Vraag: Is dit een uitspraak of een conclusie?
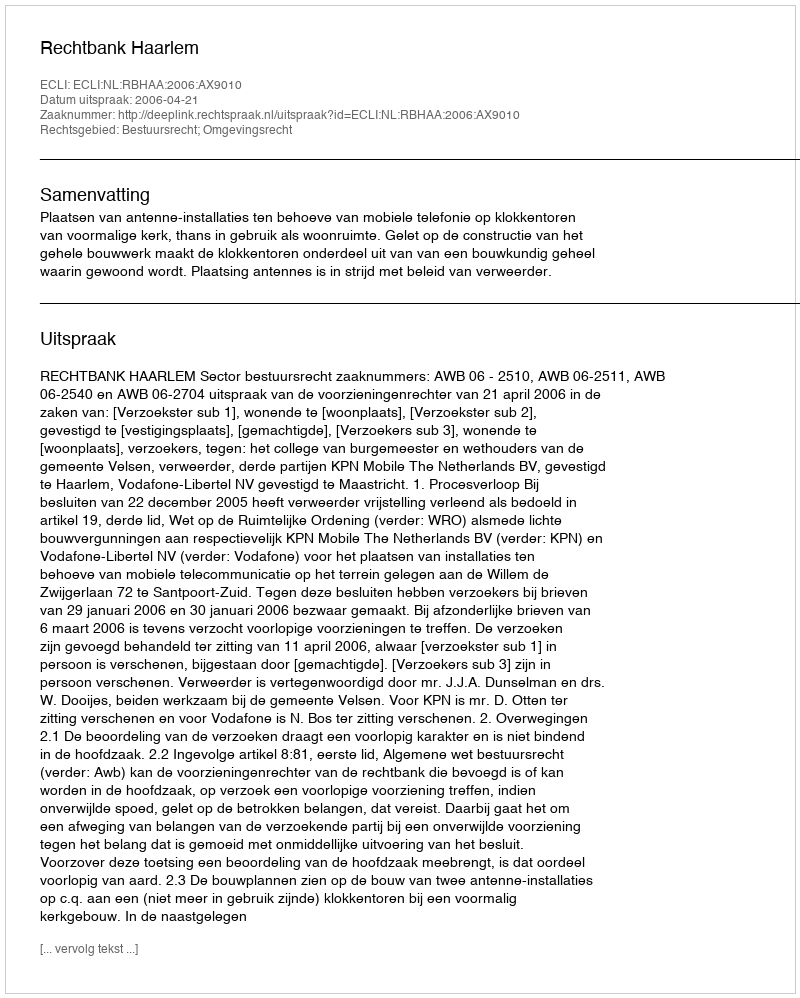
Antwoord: Uitspraak